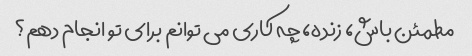
مطمئن باش، زنده، چه کاری می توانم برای تو انجام دهم؟